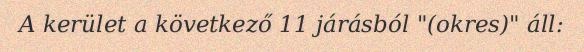
A kerület a következő 11 járásból "(okres)" áll: